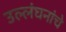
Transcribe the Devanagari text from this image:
उल्लंघनांचे